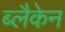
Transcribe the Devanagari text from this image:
ब्लैकेन